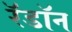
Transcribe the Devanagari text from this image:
रॅडॉन